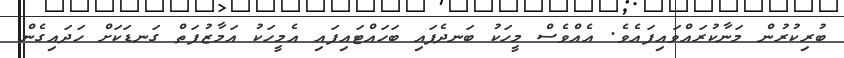
ބުރިކުރުން މަނާކުރައްވައިފައެވެ. އެއްވެސް މީހަކު ބަނދެފައި ބަހައްޓައިފައި އެމީހަކު އަމާޒުފަތް ގަނޑަކަށް ހަދައިގެން